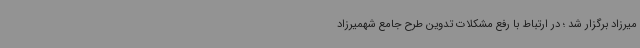
میرزاد برگزار شد ؛ در ارتباط با رفع مشکلات تدوین طرح جامع شهمیرزاد